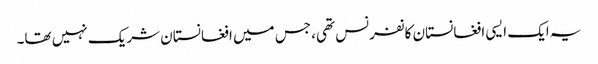
یہ ایک ایسی افغانستان کانفرنس تھی، جس میں افغانستان شریک نہیں تھا۔